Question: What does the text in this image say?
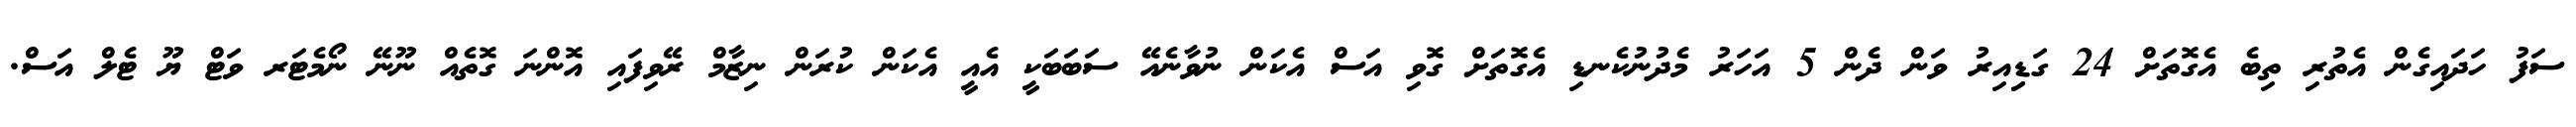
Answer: ސަފު ހަދައިގެން އެތުރި ތިބެ އެގޮތަށް 24 ގަޑިިއިރު ވަން ދެން 5 އަހަރު މެދުނުކެނޑި އެގޮތަށް ގޮވި އަސް އެކަން ނުވާނެއޭ ސަބަބަކީ އެއީ އެކަން ކުރަން ނިޒާމް ރޭވިފައި އޮންނަ ގޮތެއް ނޫނޭ ނޯމެޓަރ ވަޓް ޔޫ ޓެލް އަސް.